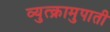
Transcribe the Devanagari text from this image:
व्युत्क्रामुपाती